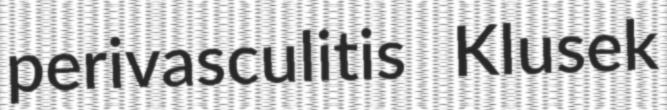
perivasculitis Klusek